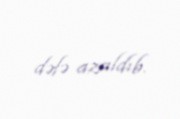
dəfə azaldıb.